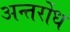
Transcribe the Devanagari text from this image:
अन्तर्रोध